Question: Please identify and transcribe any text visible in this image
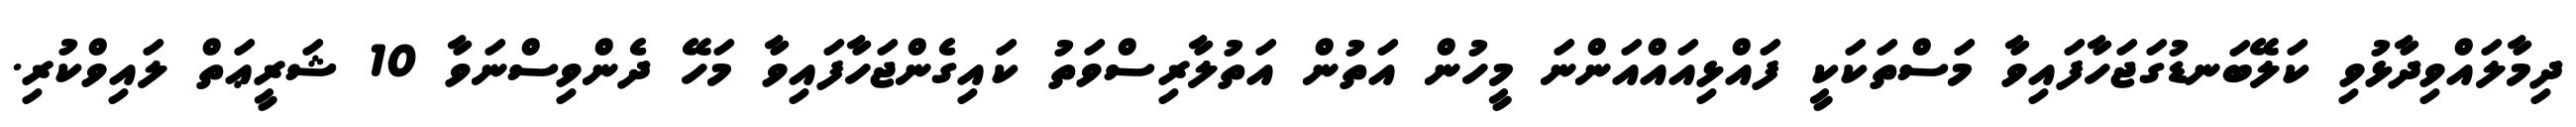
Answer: ދިމާލައްވިދާޅުވި ކަލޭބަނޑުގަޖަހާފައިވާ މަސްތަކަކީ ފައްޅިއައްއަންނަ މީހުން އަތުން އަތުލާރިސްވަތު ކައިގެންޖަހާފައިވާ މަހޭ ދެންވިސްނަވާ 10 ޝަރީޢަތް ލައިވްކުރި.